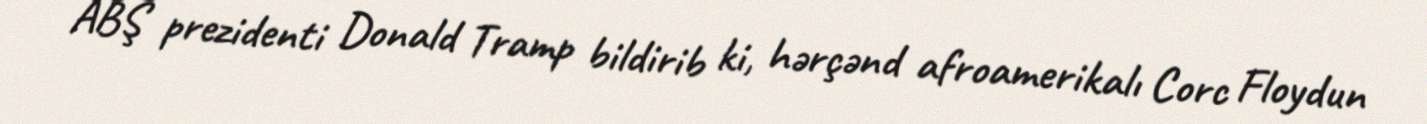
ABŞ prezidenti Donald Tramp bildirib ki, hərçənd afroamerikalı Corc Floydun